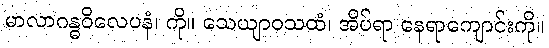
မာလာဂန္ဓဝိလေပနံ၊ ကို။ သေယျာဝသထံ၊ အိပ်ရာ နေရာကျောင်းကို။